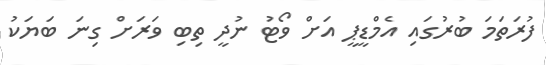
ފުރަތަމަ ބުރުގައި އެމްޑީޕީ އަށް ވޯޓު ނުދީ ތިބި ވަރަށް ގިނަ ބަޔަކު